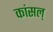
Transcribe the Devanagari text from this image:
कांसल्